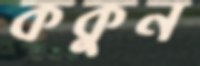
ককুন